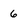
Character: 6